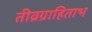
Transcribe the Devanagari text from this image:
तीव्रग्राहिताभ